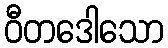
ဝီတဒေါသော